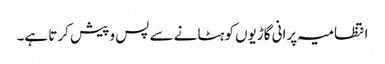
انتظامیہ پرانی گاڑیوں کو ہٹانے سے پس و پیش کرتا ہے۔